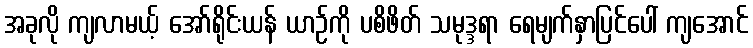
အခုလို ကျလာမယ့် အော်ရိုင်းယန် ယာဉ်ကို ပစိဖိတ် သမုဒ္ဒရာ ရေမျက်နှာပြင်ပေါ် ကျအောင်